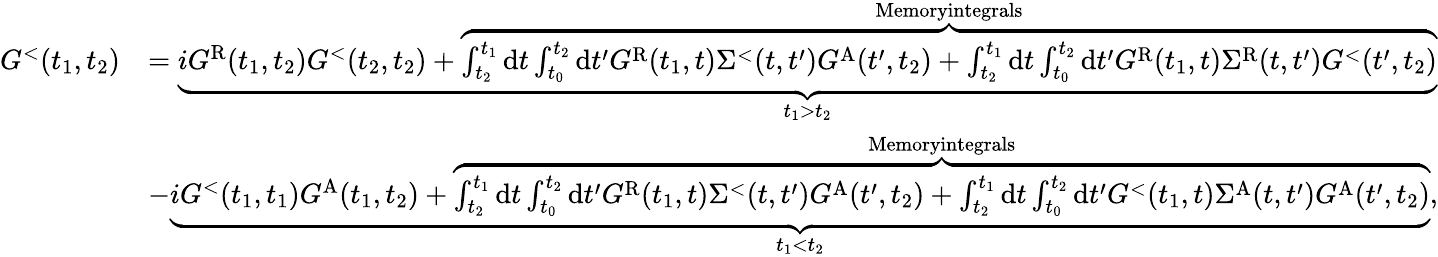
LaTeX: \begin{array}{rl}{G^{<}(t_{1},t_{2})}&{=\underbrace{iG^{\textrm{R}}(t_{1},t_{2})G^{<}(t_{2},t_{2})+\overbrace{\int_{t_{2}}^{t_{1}}\mathrm{d}t\int_{t_{0}}^{t_{2}}\mathrm{d}t^{\prime}G^{\mathrm{R}}(t_{1},t)\Sigma^{<}(t,t^{\prime})G^{\mathrm{A}}(t^{\prime},t_{2})+\int_{t_{2}}^{t_{1}}\mathrm{d}t\int_{t_{0}}^{t_{2}}\mathrm{d}t^{\prime}G^{\mathrm{R}}(t_{1},t)\Sigma^{\mathrm{R}}(t,t^{\prime})G^{<}(t^{\prime},t_{2})}^{\textrm{Memoryintegrals}}}_{t_{1}>t_{2}}}\\ &{-\underbrace{iG^{<}(t_{1},t_{1})G^{\mathrm{A}}(t_{1},t_{2})+\overbrace{\int_{t_{2}}^{t_{1}}\mathrm{d}t\int_{t_{0}}^{t_{2}}\mathrm{d}t^{\prime}G^{\mathrm{R}}(t_{1},t)\Sigma^{<}(t,t^{\prime})G^{\mathrm{A}}(t^{\prime},t_{2})+\int_{t_{2}}^{t_{1}}\mathrm{d}t\int_{t_{0}}^{t_{2}}\mathrm{d}t^{\prime}G^{<}(t_{1},t)\Sigma^{\mathrm{A}}(t,t^{\prime})G^{\mathrm{A}}(t^{\prime},t_{2})}^{\textrm{Memoryintegrals}}}_{t_{1}<t_{2}},}\end{array}